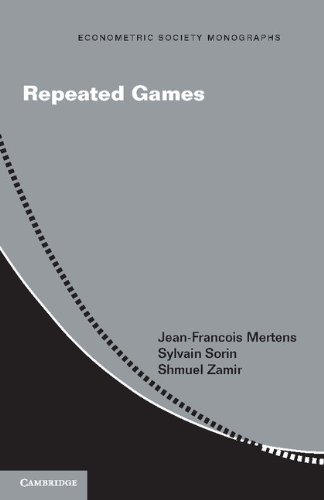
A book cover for Repeated Games (Econometric Society Monographs); Professor Jean-FranÃ§ois Mertens; Science & Math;